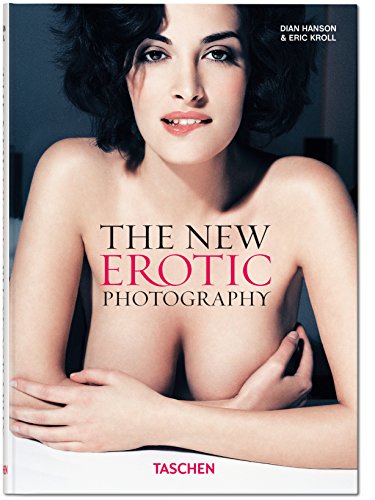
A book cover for The New Erotic Photography Vol. 1; Arts & Photography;